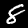
Label: 8